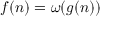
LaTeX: f ( n ) = \omega ( g ( n ) )